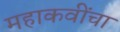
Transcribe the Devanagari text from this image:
महाकवींचा